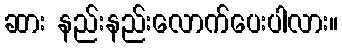
ဆား နည်းနည်းလောက်ပေးပါလား။